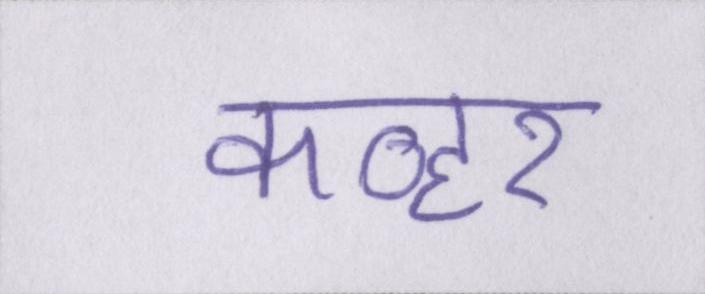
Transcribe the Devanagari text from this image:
कव्हर